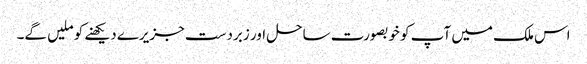
اس ملک میں آپ کو خوبصورت ساحل اور زبردست جزیرے دیکھنے کو ملیں گے۔